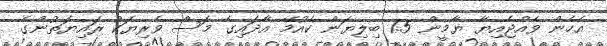
އެހެން ވެއްޖެއިޔާ ޔާމީން 1.5 ބިލިޔަން ކެއުމޭ އާދައިގެ މަސް ވެރިޔަކު ރައިޔަތުންގެ